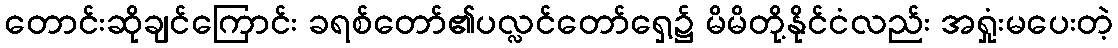
တောင်းဆိုချင်ကြောင်း ခရစ်တော်၏ပလ္လင်တော်ရှေ့၌ မိမိတို့နိုင်ငံလည်း အရှုံးမပေးတဲ့